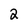
Character: 2